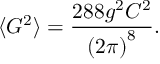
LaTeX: \langle G ^ { 2 } \rangle = \frac { 2 8 8 g ^ { 2 } C ^ { 2 } } { \left( 2 \pi \right) ^ { 8 } } .